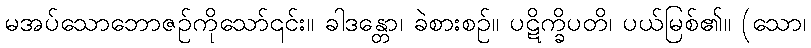
မအပ်သောဘောဇဉ်ကိုသော်၎င်း။ ခါဒန္တော၊ ခဲစားစဉ်။ ပဋိက္ခိပတိ၊ ပယ်မြစ်၏။ (သော၊